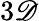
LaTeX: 3\mathscr{D}